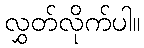
လွှတ်လိုက်ပါ။